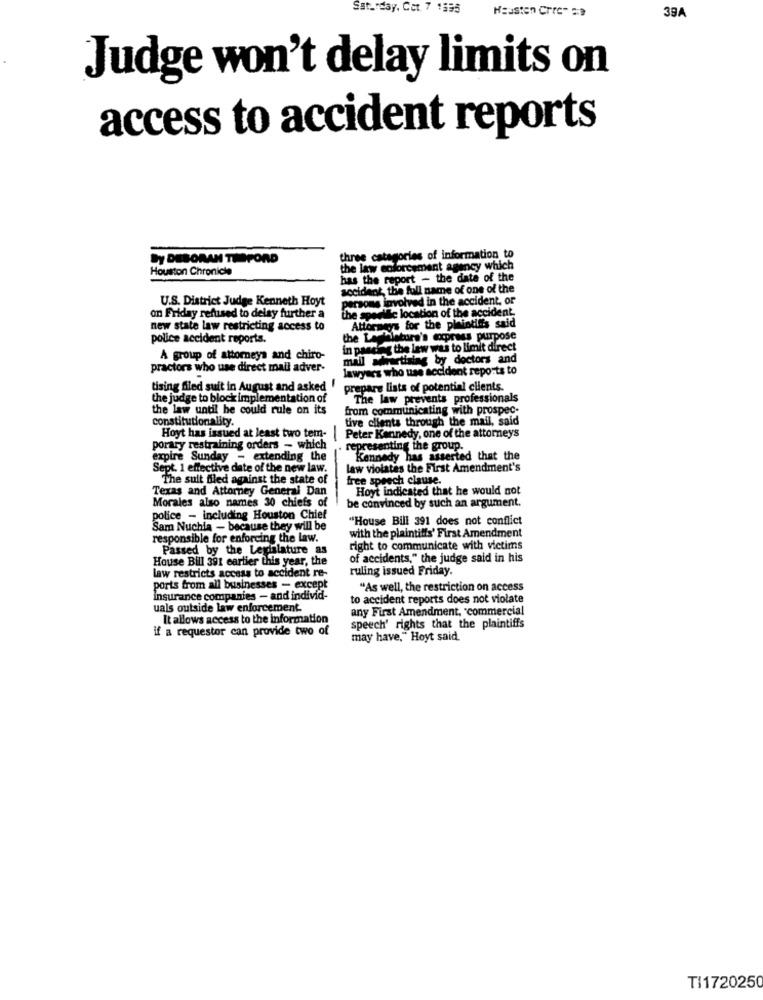
Saturday. Cet. 7 1595
Neusten Crrc- 29
39A
Judge won't delay limits on
access to accident reports
By DESORAN TIMFORD
three categories of information to
Houston Chronicle
the law enforcement agency which
has the report - the date of the
accident, the full name of one of the
U.S. District Judge Kenneth Hoyt
rons involved in the accident, or
on Friday refused to delay further a
the spo
wwwing location of the accident.
new state law restricting access to
Attorneys for the plaintil's said
police accident reports.
the Lachiatura's compress purpose
in pancreg the law was to limit direct
A group of attorneys and chiro-
mail advertising by doctors and
practors who use direct mail adver-
lawyers who use accident reports to
tising filed suit in August and asked !
prepare lists of potential clients.
the judge to block implementation of
The law prevents professionals
the law until he could rule on its
from communicating with prospec-
constitutionality.
tive clients through the mail, said
Hoyt has issued at least two tem-
Peter Kennedy, one of the attorneys
porary restraining orders - which
representing the group.
expire Sunday - extending the
Kennedy has asserted that the
Sept. 1 effective date of the new law.
law violates the First Amendment's
The sult filed against the state of
free speech clause.
Texas and Attorney General Dan
Hoyt indicated that he would not
Morales also names 30 chiefs of
be convinced by such an argument.
police - including Houston Chief
"House Bill 391 does not conflict
Sam Nuchia - because they will be
responsible for enforcing the law.
with the plaintiffs' First Amendment
Passed by the Legislature as
right to communicate with victims
House Bill 391 earlier this year, the
of accidents," the judge said in his
ruling issued Friday.
law restricts access to accident re-
ports from all businesses - except
"As well, the restriction on access
insurance companies - and individ-
to accident reports does not violate
uals outside law enforcement
any First Amendment, "commercial
It allows access to the information
if a requestor can provide two of
speech' rights that the plaintiffs
may have," Hoyt said.
TI1720250